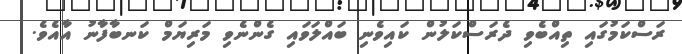
ރަސްކަމުގައި ތިއްބެވި ދެރަސްކަލުން ކައިވެނި ބައްލަވައި ގެންނެވި މަރިޔަމް ކަނބާފާނު އާއެވެ.